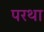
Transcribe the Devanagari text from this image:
परथा